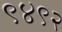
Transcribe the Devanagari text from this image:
९४९२